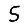
Digit: 5